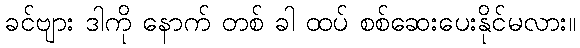
ခင်ဗျား ဒါကို နောက် တစ် ခါ ထပ် စစ်ဆေးပေးနိုင်မလား။